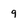
Character: 9